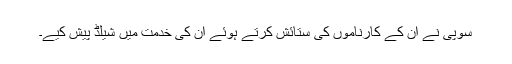
سوپی نے ان کے کارناموں کی ستائش کرتے ہوئے ان کی خدمت میں شیلڈ پیش کیے۔